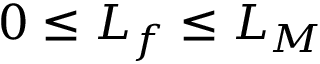
0 \le L _ { f } \le L _ { M }